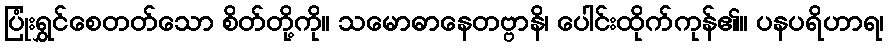
ပြုံးရွှင်စေတတ်သော စိတ်တို့ကို။ သမောဓာနေတဗ္ဗာနိ၊ ပေါင်းထိုက်ကုန်၏။ ပနပရိဟာရ၊